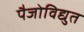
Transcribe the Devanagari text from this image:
पैजोविद्युत